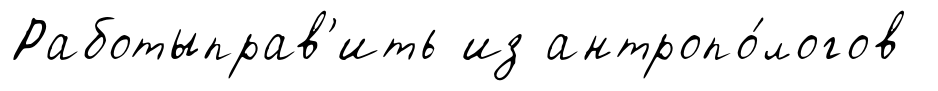
Работыправ'ить из антропо́логов